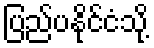
ပြည်ပနိုင်ငံသို့